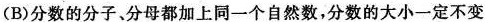
(B)分数的分子、分母都加上同一个自然数，分数的大小一定不变